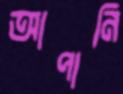
আপানি